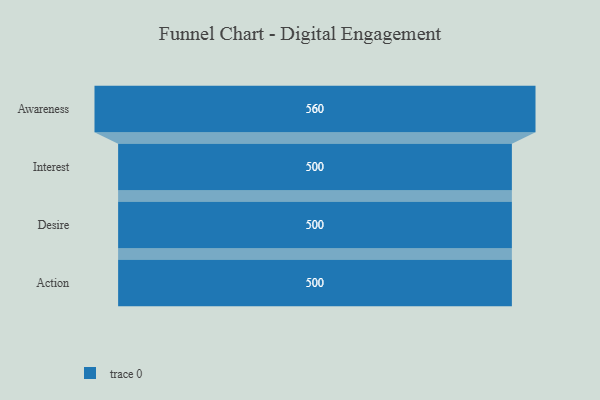
{"axis": {"x": "Stage", "y": "Value"}, "legend": [""], "data": [{"x": "Awareness", "y": 560.0, "type": ""}, {"x": "Interest", "y": 500, "type": ""}, {"x": "Desire", "y": 500, "type": ""}, {"x": "Action", "y": 500, "type": ""}]}